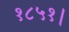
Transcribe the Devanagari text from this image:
१८५१।